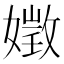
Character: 嬍